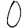
Digit: 0